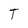
Character: T